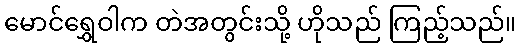
မောင်ရွှေဝါက တဲအတွင်းသို့ ဟိုသည် ကြည့်သည်။